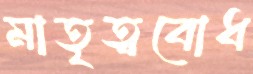
মাতৃত্ববোধ